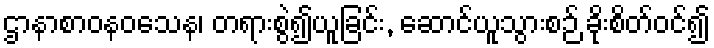
ဌာနာစာဝနဝသေန၊ တရားစွဲ၍ယူခြင်း, ဆောင်ယူသွားစဉ် ခိုးစိတ်ဝင်၍